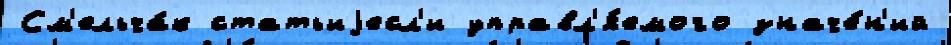
См'ельча́к статьиjесл'и управл'я́емого значе́н'ий